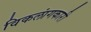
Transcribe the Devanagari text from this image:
विकलांगकारी